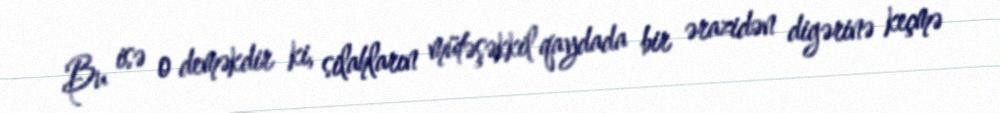
Bu isə o deməkdir ki, silahların mütəşəkkil qaydada bir ərazidən digərinə keçmə